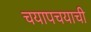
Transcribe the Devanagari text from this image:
चयापचयाची